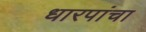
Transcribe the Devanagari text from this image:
धारपांचा